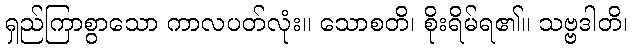
ရှည်ကြာစွာသော ကာလပတ်လုံး။ သောစတိ၊ စိုးရိမ်ရ၏။ သဗ္ဗဒါတိ၊